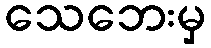
သေဘေးမှ